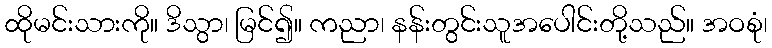
ထိုမင်းသားကို။ ဒိသွာ၊ မြင်၍။ ကညာ၊ နန်းတွင်းသူအပေါင်းတို့သည်။ အဝစုံ၊